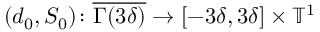
( d _ { 0 } , S _ { 0 } ) \colon \overline { { \Gamma ( 3 \delta ) } } \rightarrow [ - 3 \delta , 3 \delta ] \times \ensuremath { \mathbb { T } } ^ { 1 }